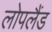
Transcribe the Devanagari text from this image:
लोपलैंड